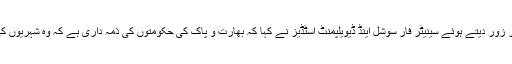
دونوں ملکوں کو انسانی جانوں کی سلامتی کو تحفظ دینے پر زور دیتے ہوئے سینیٹر فار سوشل اینڈ ڈیویلپمنٹ اسٹڈیز نے کہا کہ بھارت و پاک کی حکومتوں کی ذمہ داری ہے کہ وہ شہریوں کی عزت اور سلامتی کو یقینی بنانے کے لئے اقدامات کریں۔